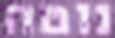
נוטה